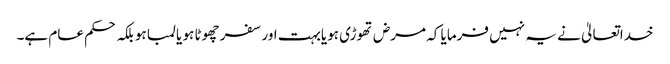
خداتعالیٰ نے یہ نہیں فرمایا کہ مرض تھوڑی ہویابہت اور سفر چھوٹا ہو یا لمبا ہو بلکہ حکم عام ہے۔